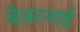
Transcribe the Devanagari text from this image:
बेअरनार्ड